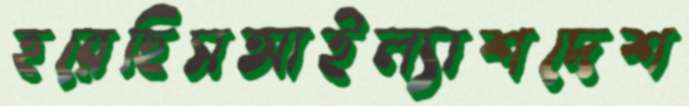
হরেছিসআইল্যাশদেশ